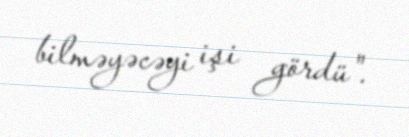
bilməyəcəyi işi gördü".